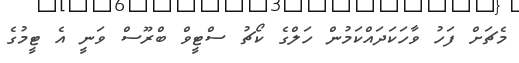
މެޗަށް ފަހު ވާހަކަދައްކަމުން ހަލްގެ ކޯޗު ސްޓީވް ބްރޫސް ވަނީ އެ ޓީމުގެ